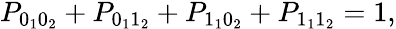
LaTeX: \begin{array}{r}{P_{0_{1}0_{2}}+P_{0_{1}1_{2}}+P_{1_{1}0_{2}}+P_{1_{1}1_{2}}=1,}\end{array}